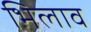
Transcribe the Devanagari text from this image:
भिलाव